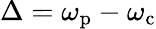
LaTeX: \Delta=\omega_{\textrm{p}}-\omega_{\textrm{c}}